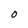
Character: O